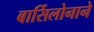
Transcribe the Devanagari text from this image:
बार्सिलोनाने